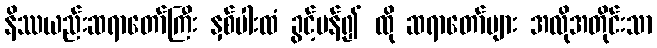
နိဿယည်းဆရာတော်ကြီး နှစ်ပါးထံ ခွင့်ပန်၍ ထို ဆရာတော်များ အလိုအတိုင်းသာ